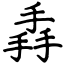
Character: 掱